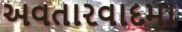
અવતારવાદમા